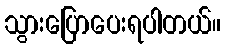
သွားပြောပေးရပါတယ်။